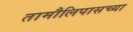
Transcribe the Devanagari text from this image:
तामौलिपासच्या